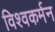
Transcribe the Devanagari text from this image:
विश्वकर्मन